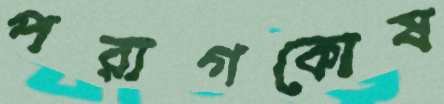
পরাগকোষ